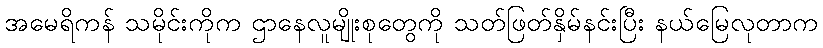
အမေရိကန် သမိုင်းကိုက ဌာနေလူမျိုးစုတွေကို သတ်ဖြတ်နှိမ်နင်းပြီး နယ်မြေလုတာက